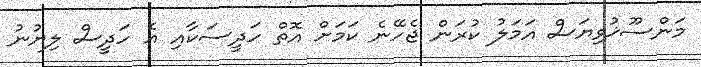
މަންސޫޚުވިޔަސް އަމަލު ކުރަން ޖެހޭނެ ކަމަށް އޮތް ހަދީސަކާއި އެ ހަދީސް ލިޔުނު